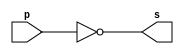
// ---------------------------------
// ------- Exemplo0002 - NOT -------
// Ana Carolina Conceio de Jesus
// ---------------------------------

// ---------------------------------
// --------- Not gate --------------
// ---------------------------------

module notgate(output s, input p);
assign s = ~p;
endmodule // notgate

// --------------------------------
// -------- Test not gate ---------
// --------------------------------

module testnotgate;
// -------------- dados locais
reg a ; // definir registrador
			// (variavel independente)
wire s; // definir conexao (fio)
			// (variavel dependente)

// ----------------------- instancia
notgate NOT1(s,a);
// -------------------- preparao
initial begin:start
a = 0; // valor inicial
end

//----------- parte principal
initial begin:main
	$display("Exemplo0002 - Ana Carolina - 449517");
	$display("Test NOT gate");
	$display("\n~a = s\n");
		a = 0;

#1 $display("~%b = %b",a,s);
		a = 1;
#1 $display("~%b = %b",a,s);

end

endmodule // testnotgate